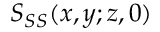
S _ { S S } ( x , y ; z , 0 )